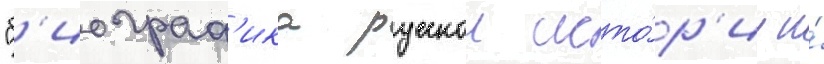
"б'иограф'ика русскои исто́р'ии и́